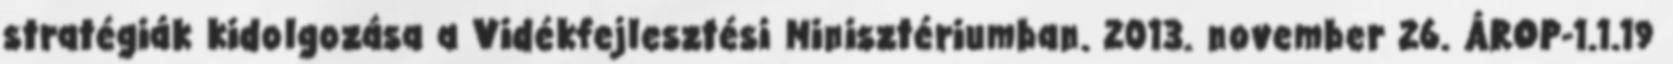
stratégiák kidolgozása a Vidékfejlesztési Minisztériumban. 2013. november 26. ÁROP-1.1.19